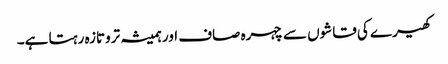
کھیرے کی قاشوں سے چہرہ صاف اور ہمیشہ تروتازہ رہتا ہے۔